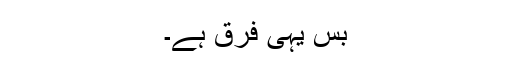
بس یہی فرق ہے۔